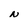
Character: N